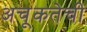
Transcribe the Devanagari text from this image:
अचूकतेची